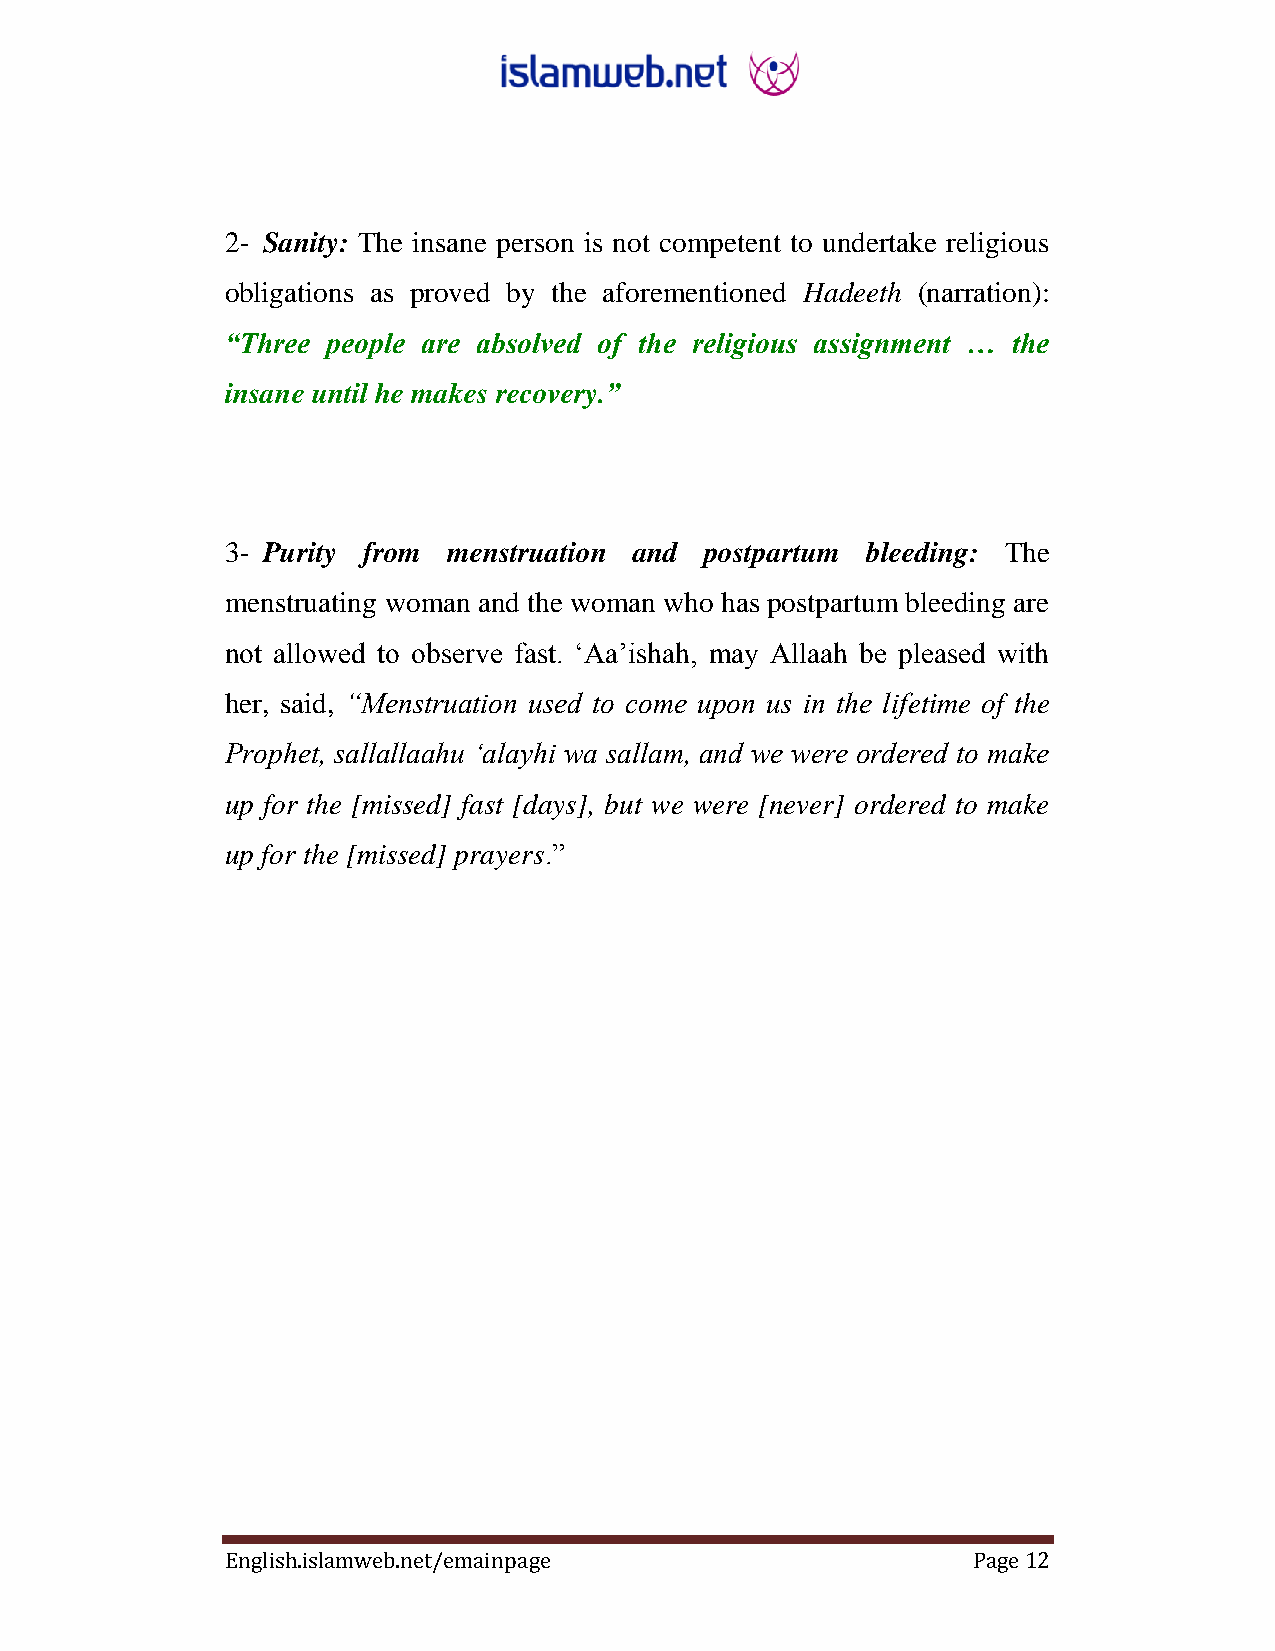
2- Sanity: The insane person is not competent to undertake religious
 obligations as proved by the aforementioned Hadeeth (narration):
 “Three people are absolved of the religious assignment … the
 insane until he makes ‎recovery.‎”
 3- Purity from menstruation and postpartum bleeding: The
 menstruating woman and the woman who has postpartum bleeding are
 not allowed to observe fast. ‘Aa’ishah, may Allaah be pleased with
 her, said, “Menstruation used to come upon us in the lifetime of the
 Prophet, sallallaahu „alayhi wa sallam, and we were ordered to make
 up for the [missed] fast [days], but we were [never] ordered to make
 up for the [missed] prayers.”
 English.islamweb.net/emainpage                   Page 12